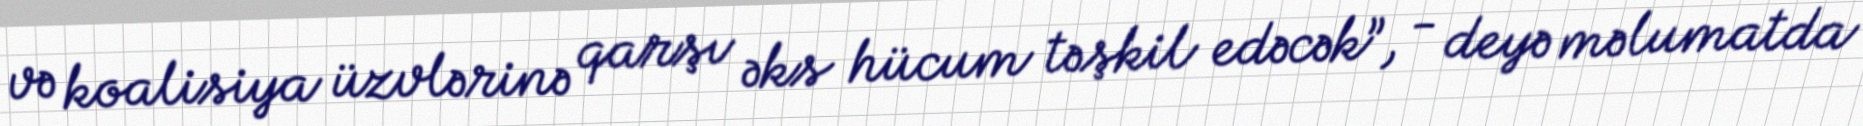
və koalisiya üzvlərinə qarşı əks hücum təşkil edəcək”, - deyə məlumatda